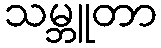
သမ္ဘူတာ